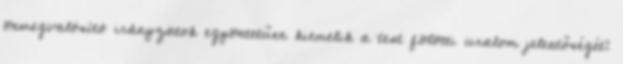
önmegvalósító irányzatok egyöntetűen kiemelik a test fölötti uralom jelentőségét: